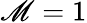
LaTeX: \mathscr{M}=1